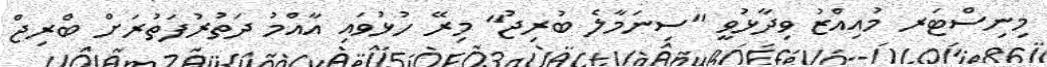
މިނިސްޓަރ މުއިއްޒު ވިދާޅުވީ "ސިނަމާލެ ބުރިޖު" މިރޭ ހުޅުވައި އާއްމު ދަތުރުފަތުރަށް ބްރިޖް